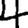
Digit: 4